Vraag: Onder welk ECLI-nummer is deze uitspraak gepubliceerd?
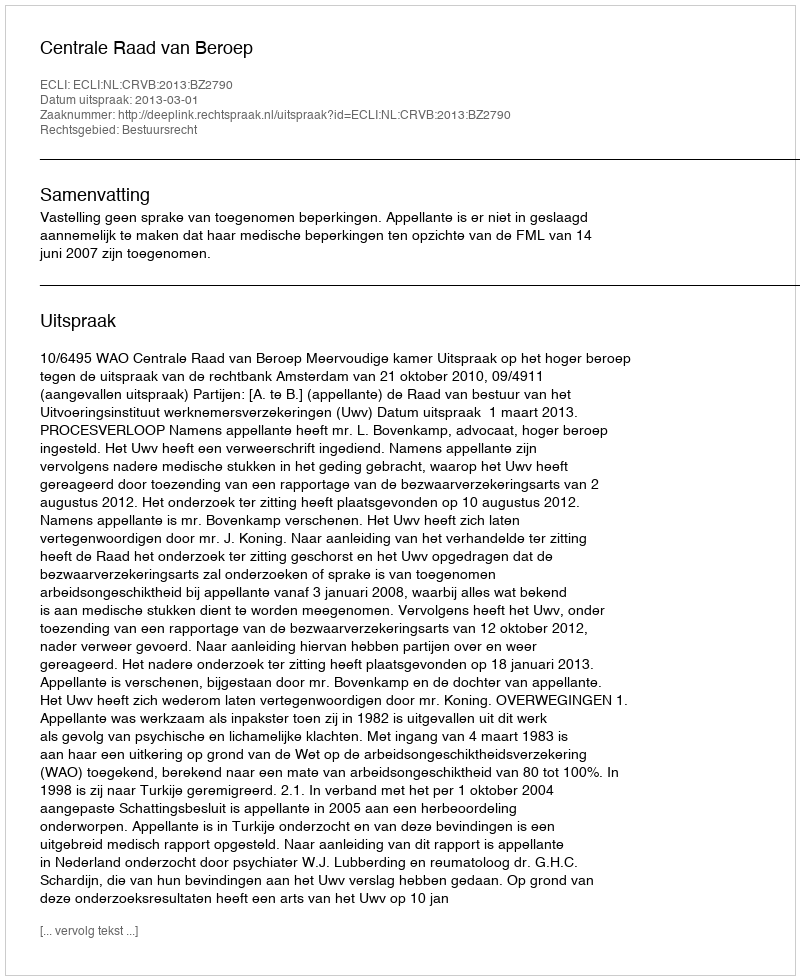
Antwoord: ECLI:NL:CRVB:2013:BZ2790